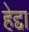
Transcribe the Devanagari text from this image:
हेद्दा